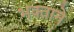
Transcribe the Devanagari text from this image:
भक्‍ताने